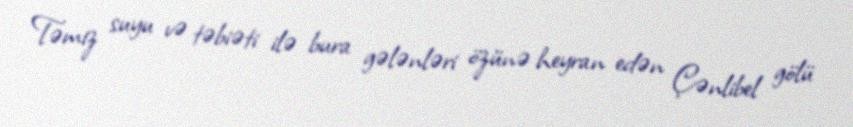
Təmiz suyu və təbiəti ilə bura gələnləri özünə heyran edən Çənlibel gölü